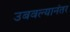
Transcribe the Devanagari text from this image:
उबवल्यानंतर